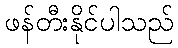
ဖန်တီးနိုင်ပါသည်